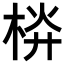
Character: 𣒁